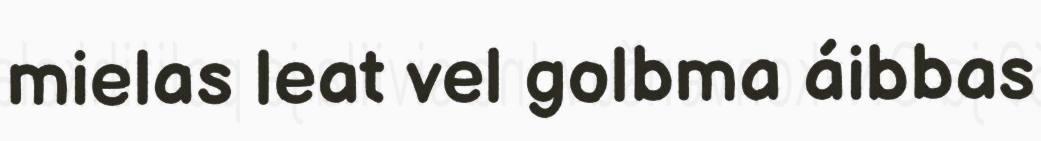
mielas leat vel golbma áibbas